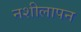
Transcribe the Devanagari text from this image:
नशीलापन